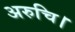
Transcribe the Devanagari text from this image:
अरुचि।